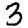
Digit: 3